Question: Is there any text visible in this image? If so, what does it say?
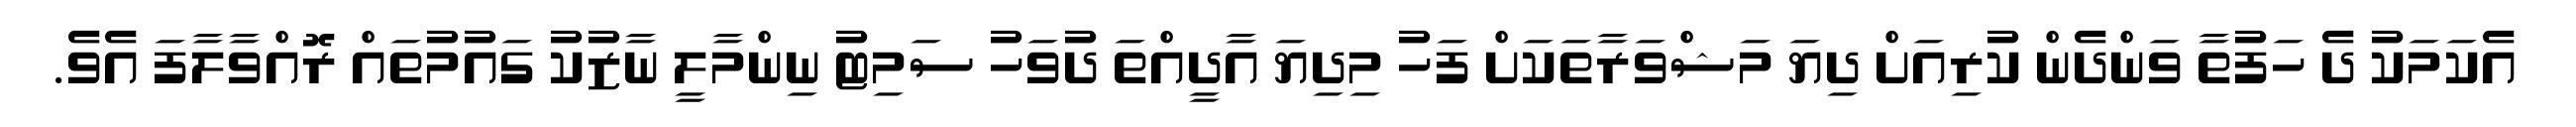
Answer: އެކަމަކު ދެ ހަފުތާ ވަންދެން ކުރިއަށް ދިޔަ މަޝްވަރާތަކަށް ފަހު މިދިޔަ އާދީއްތަ ދުވަހު ސަމިޓު ނިންމާލީ ނާޒުކު ގައުމުތައް ރޮއްވާލާފަ އެވެ.